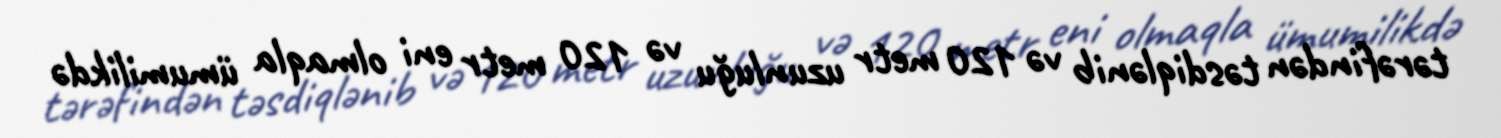
tərəfindən təsdiqlənib və 120 metr uzunluğu və 120 metr eni olmaqla ümumilikdə